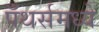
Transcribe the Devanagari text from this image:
पँथर्समध्ये